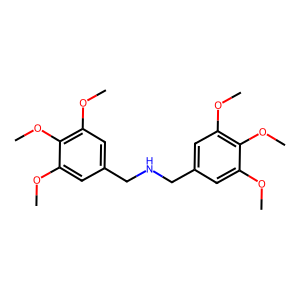
SMILES: COc1cc(CNCc2cc(OC)c(OC)c(OC)c2)cc(OC)c1OC
Inhibits HIV replication: No